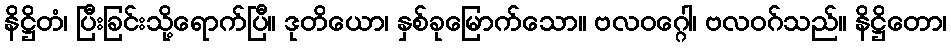
နိဋ္ဌိတံ၊ ပြီးခြင်းသို့ရောက်ပြီ။ ဒုတိယော၊ နှစ်ခုမြောက်သော။ ဗလဝဂ္ဂေါ၊ ဗလဝဂ်သည်။ နိဋ္ဌိတော၊